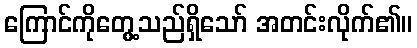
ကြောင်ကိုတွေ့သည်ရှိသော် အတင်းလိုက်၏။